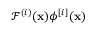
\mathcal F ^ { ( i ) } ( \ensuremath { \mathbf { x } } ) \phi ^ { [ i ] } ( \ensuremath { \mathbf { x } } )